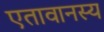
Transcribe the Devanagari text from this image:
एतावानस्य